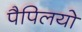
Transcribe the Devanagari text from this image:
पैपिलयो